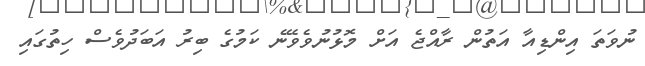
ނުވަތަ އިންޑިއާ އަތުން ރާއްޖެ އަށް މޮޅުނުވެވޭނެ ކަމުގެ ބިރު އަބަދުވެސް ހިތުގައި